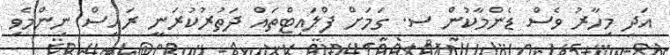
އަދި މިހާރު ވެސް ޑެންމާކުން ސ. ގަމަށް ފްލައިޓްތައް ދަތުރުކުރަނީ ރައީސް ނިންމެވި